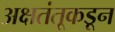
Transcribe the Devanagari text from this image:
अक्षतंतूकडून